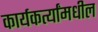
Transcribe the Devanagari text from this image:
कार्यकर्त्यांमधील